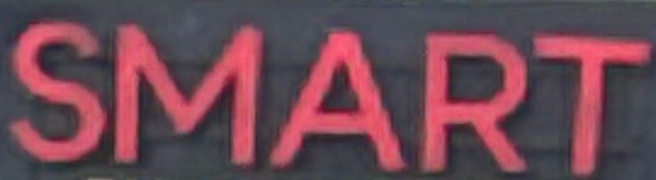
SMART